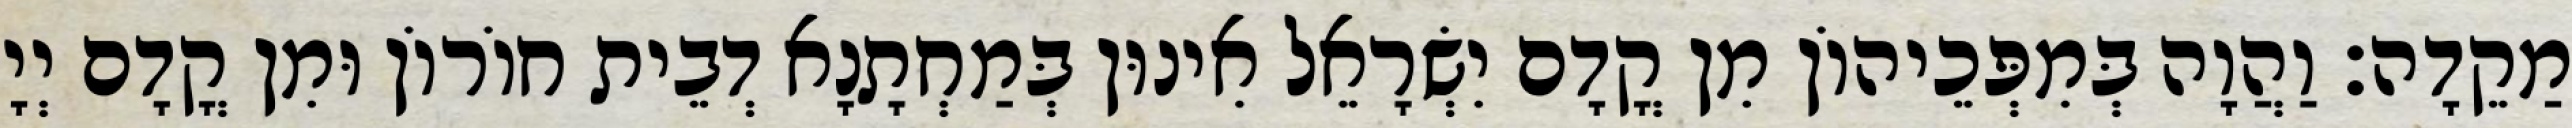
מַקֵדָה׃ וַהֲוָה בְּמִפְּכֵיהוֹן מִן קֳדָם יִשְׂרָאֵל אִינוּן בְּמַחְתָנָא דְבֵית חוֹרוֹן וּמִן קֳדָם יְיָ